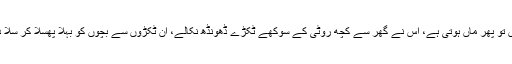
ماں تو پھر ماں ہوتی ہے، اس نے گھر سے کچھ روٹی کے سوکھے ٹکڑے ڈھونڈھ نکالے، ان ٹکڑوں سے بچوں کو بہلا پھسلا کر سلا دیا۔